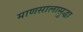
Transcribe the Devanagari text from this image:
माणसालासुद्धा